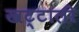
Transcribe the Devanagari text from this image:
खट्टाली